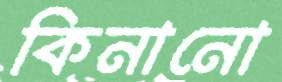
কিনানো